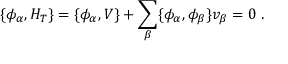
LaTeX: \{ \phi _ { \alpha } , H _ { T } \} = \{ \phi _ { \alpha } , V \} + \sum _ { \beta } \{ \phi _ { \alpha } , \phi _ { \beta } \} v _ { \beta } = 0 \ .